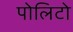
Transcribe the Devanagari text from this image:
पोलिटो